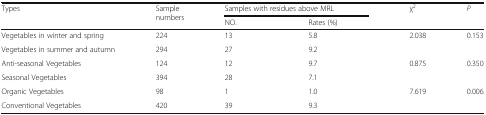
| <ROWSPAN=2> Types | <ROWSPAN=2> Sample numbers | <COLSPAN=2> Samples with residues above MRL | <ROWSPAN=2> χ2 | <ROWSPAN=2> P |
 | NO. | Rates (%) |
 | --- | --- | --- | --- | --- | --- |
 | Vegetables in winter and spring | 224 | 13 | 5.8 | <ROWSPAN=2> 2.038 | <ROWSPAN=2> 0.153 |
 | Vegetables in summer and autumn | 294 | 27 | 9.2 |
 | Anti-seasonal Vegetables | 124 | 12 | 9.7 | <ROWSPAN=2> 0.875 | <ROWSPAN=2> 0.350 |
 | Seasonal Vegetables | 394 | 28 | 7.1 |
 | Organic Vegetables | 98 | 1 | 1.0 | <ROWSPAN=2> 7.619 | <ROWSPAN=2> 0.006 |
 | Conventional Vegetables | 420 | 39 | 9.3 |